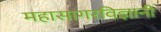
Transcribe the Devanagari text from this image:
महासागरविज्ञानी